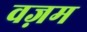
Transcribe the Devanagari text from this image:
वज़म